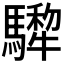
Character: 𩦄